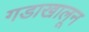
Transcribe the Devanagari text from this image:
गडाखालून